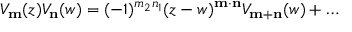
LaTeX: V _ { \bf m } ( z ) V _ { \bf n } ( w ) = ( - 1 ) ^ { m _ { 2 } n _ { 1 } } ( z - w ) ^ { \bf m \cdot n } V _ { \bf m + n } ( w ) + \ldots